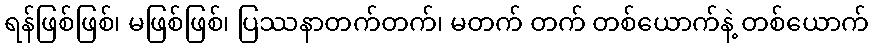
ရန်ဖြစ်ဖြစ်၊ မဖြစ်ဖြစ်၊ ပြဿနာတက်တက်၊ မတက် တက် တစ်ယောက်နဲ့ တစ်ယောက်